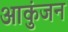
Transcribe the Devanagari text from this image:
आकुंजन